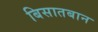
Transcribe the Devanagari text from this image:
बिसातबान